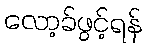
လော့ခ်ဖွင့်ရန်